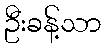
ဦးခန့်သာ